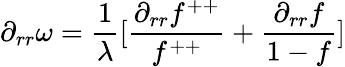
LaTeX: \partial_{rr}\omega=\frac{1}{\lambda}[\frac{\partial_{rr}f^{++}}{f^{++}}+\frac{\partial_{rr}f}{1-f}]